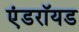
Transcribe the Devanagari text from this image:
एंडराॅयड